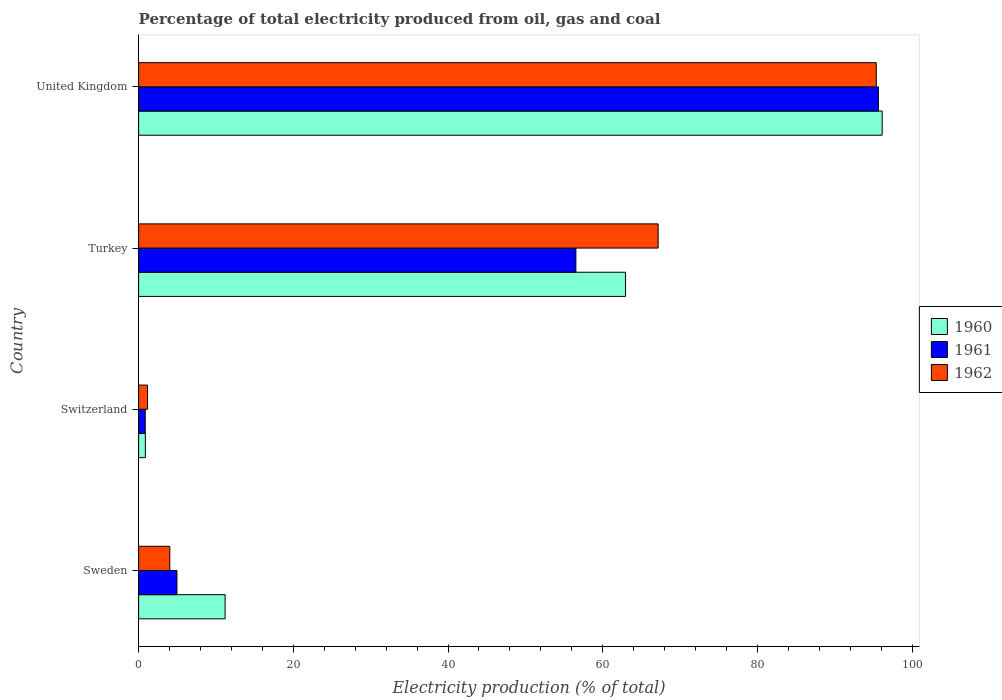
| Country | 1960 | 1961 | 1962 |
 | --- | --- | --- | --- |
 | Sweden | 11.2 | 4.95 | 4.02 |
 | Switzerland | 0.87 | 0.854 | 1.15 |
 | Turkey | 62.9 | 56.5 | 67.2 |
 | United Kingdom | 96.1 | 95.6 | 95.4 |